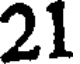
21